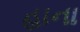
હાના